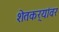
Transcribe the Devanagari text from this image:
शेतकर्‍यांवर